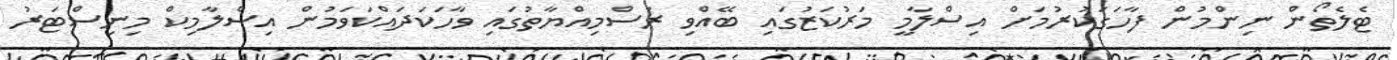
ޓެލެތޯން ނިންމުން ފާހަގަކުރުމަށް އިސްލާމީ މަރުކަޒުގައި ބޭއްވި ރަސްމިއްޔާތުގައި ވާހަކަދައްކަވަމުން އިސްލާމިކް މިނިސްޓަރު